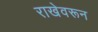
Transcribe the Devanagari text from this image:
राखेवरून